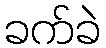
ခက်ခဲ